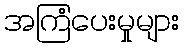
အကြံပေးမှုများ